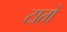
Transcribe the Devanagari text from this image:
टातो